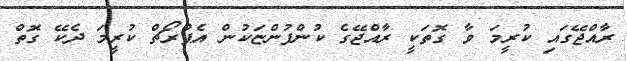
ރާއްޖޭގައި ކުރީމަ ވާ ގޮތަކީ ރާއްޖޭގެ ކުންފުންޏަކުން އެޕްރޯޗް ކުރީމަ ދެކޭ ގޮތް